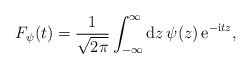
\begin{align*}F_{\psi}(t)={1\over \sqrt {2\pi}}\int_{-\infty}^{\infty}{\rm d} z \,\psi (z)\, {\rm e}^{-{\rm i}tz},\end{align*}